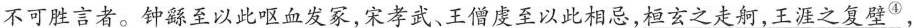
不可胜言者。钟繇至以此呕血发家，宋孝武、王僧虔至以此相忌，桓玄之走舸，王涯之复壁^{④}，